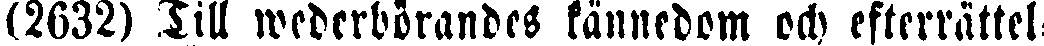
(2632) Till wederbörandes kännedom ock efterrättel-